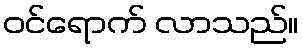
ဝင်ရောက် လာသည်။